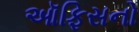
ઑફિસનો